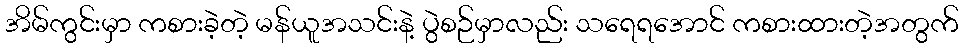
အိမ်ကွင်းမှာ ကစားခဲ့တဲ့ မန်ယူအသင်းနဲ့ ပွဲစဉ်မှာလည်း သရေရအောင် ကစားထားတဲ့အတွက်